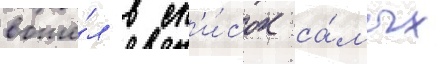
вошё́л в сп'и́сок са́мых